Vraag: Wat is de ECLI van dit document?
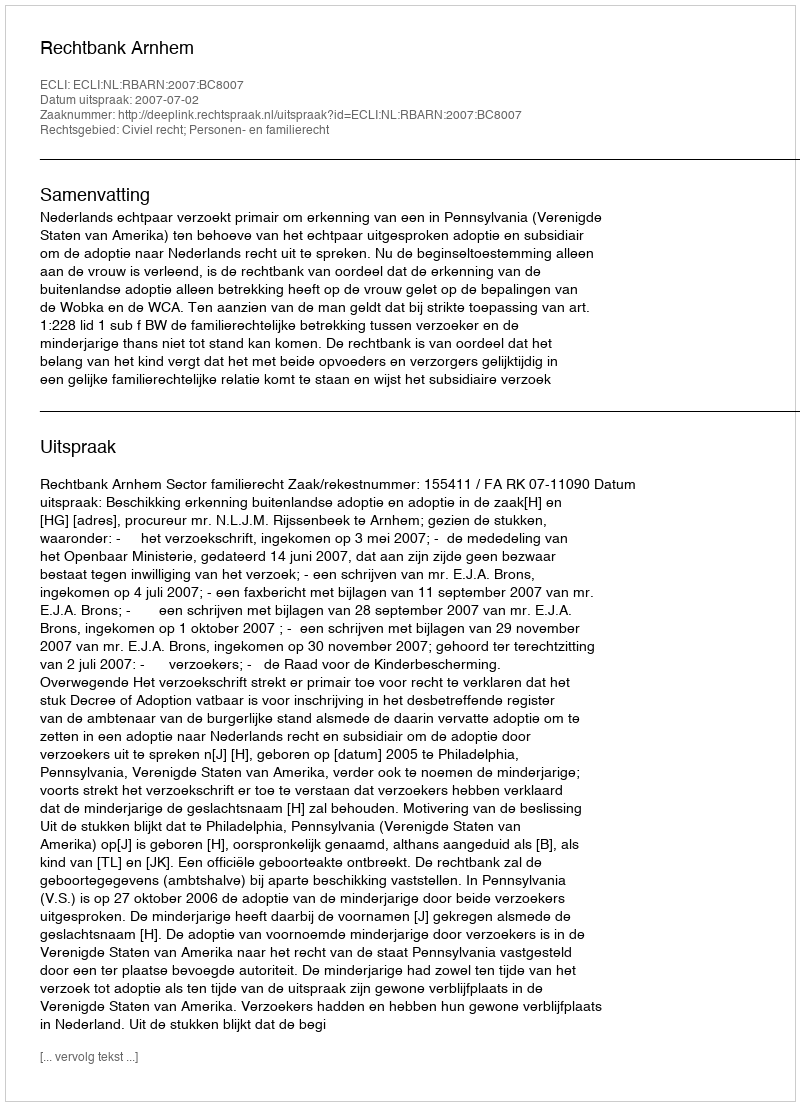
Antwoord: ECLI:NL:RBARN:2007:BC8007